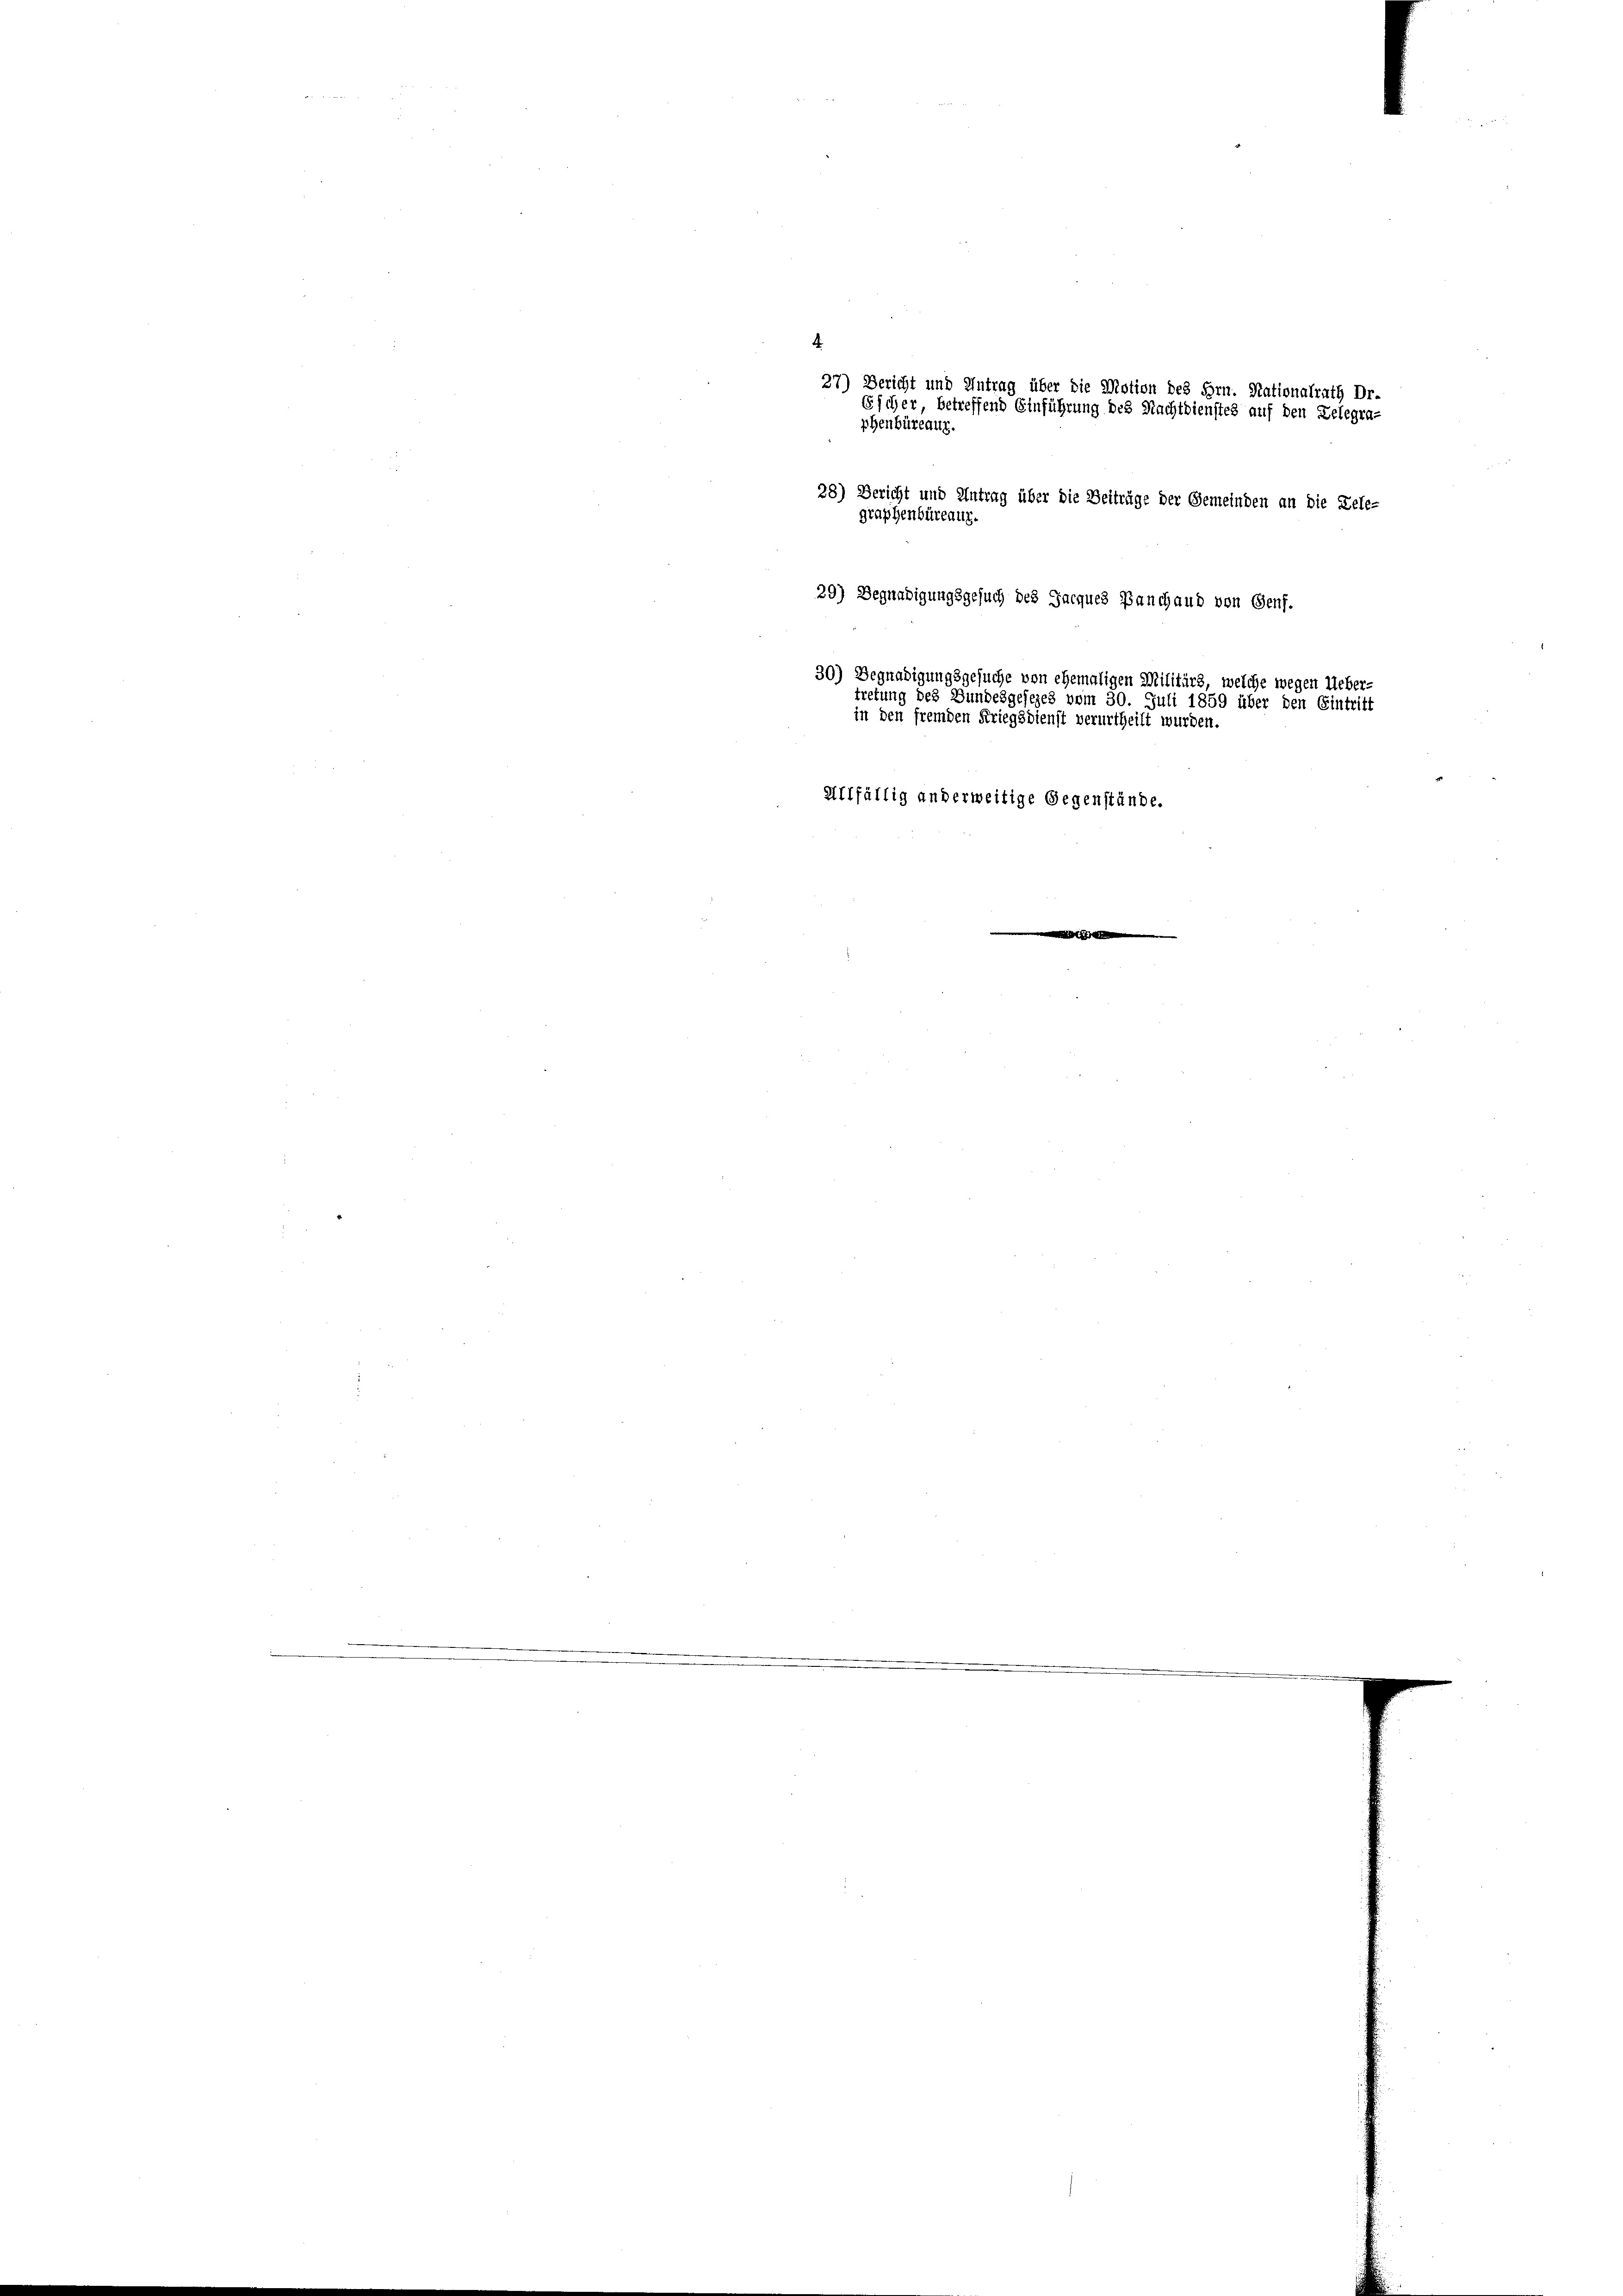
27) Bericht und Antrag über die Motion des Hrn. Nationalrath Dr.
Escher, betreffend Einführung des Nachtdienstes auf den Delegra-
phenbüreauz.
28) Bericht und Antrag über die Beiträge der Gemeinden an die Dele-
graphenbüreauz.
29) Begnadigungsgesuch des Jacques Banchaud von Genf.
30) Begnadigungsgesuche von ehemaligen Militärs, welche wegen Ueber-
tretung des Bundesgesezes vom 30. Juli 1859 über den Eintritt
in den fremden Kriegsdienst verurtheilt wurden.
Allfällig anderweitige Gegenstände.